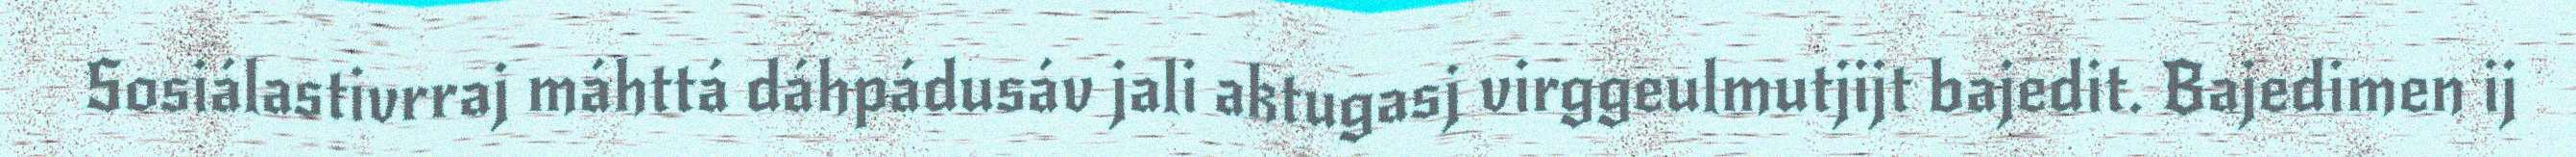
Sosiálastivrraj máhttá dáhpádusáv jali aktugasj virggeulmutjijt bajedit. Bajedimen ij